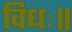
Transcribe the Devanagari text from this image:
विधः॥